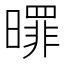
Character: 𣋖